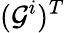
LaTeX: (\mathcal G^{i})^{T}